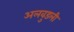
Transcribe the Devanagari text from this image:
अलवुडली